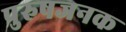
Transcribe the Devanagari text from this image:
पुरुषजनक